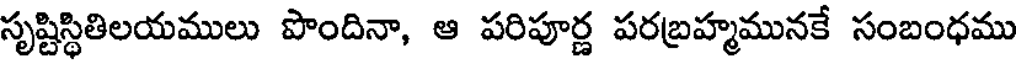
సృష్టిస్థితిలయములు పొందినా, ఆ పరిపూర్ణ పరబ్రహ్మమునకే సంబంధము